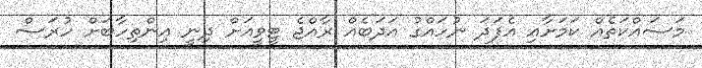
މަސައްކަތެއް ކަމަށާއި އެފަދަ ނުހައްގު އަދަބެއް ރާއްޖެ ޓީވީއަށް ދިނީ އިންތިހާބަށް ހުރަސް